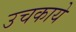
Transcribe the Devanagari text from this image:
उचकाये